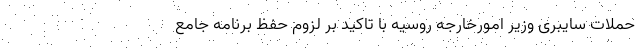
حملات سایبری وزیر امورخارجه روسیه با تاکید بر لزوم حفظ برنامه جامع